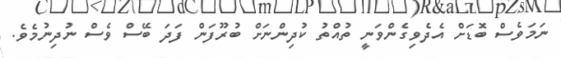
ނަމަވެސް ބޮޑަށް އެދެވިގެންވަނީ ތުއްތު ކުދިންނަށް ބުރޫފަން ފަދަ ބޭސް ވެސް ނުދިނުމެވެ.